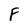
Character: F